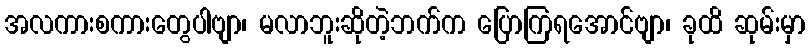
အလကားစကားတွေပါဗျာ၊ မလာဘူးဆိုတဲ့ဘက်က ပြောကြရအောင်ဗျာ၊ ခုထိ ဆုမ်းမှာ